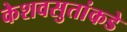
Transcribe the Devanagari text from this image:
केशवसुतांकडे